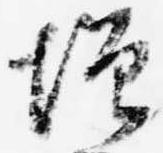
増